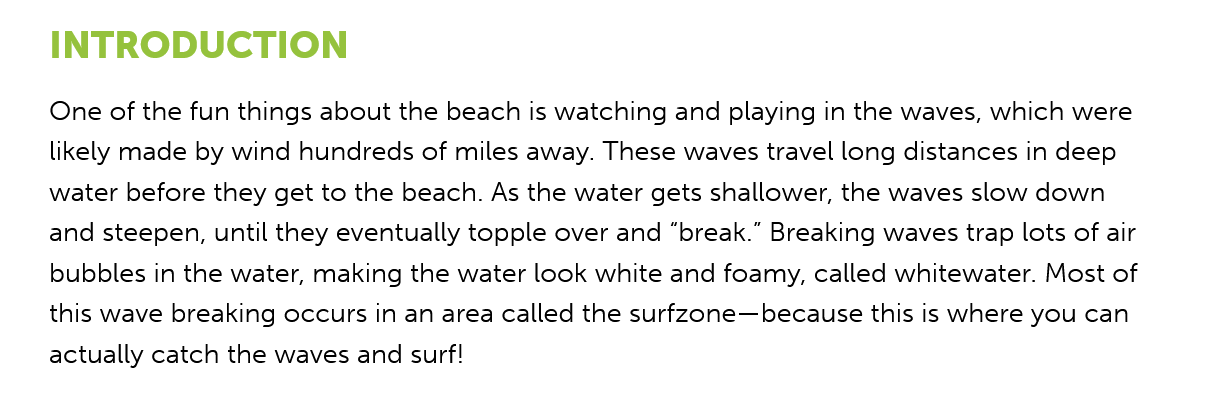
One of the fun things about the beach is watching and playing in the waves, which were
    likely made by wind hundreds of miles away. These waves travel long distances in deep
    water before they get to the beach. As the water gets shallower, the waves slow down
    and steepen, until they eventually topple over and “break.” Breaking waves trap lots of air
    bubbles in the water, making the water look white and foamy, called whitewater. Most of
    this wave breaking occurs in an area called the surfzone—because this is where you can
    actually catch the waves and surf!
    INTRODUCTION